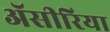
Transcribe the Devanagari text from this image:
ॲसीरिया